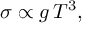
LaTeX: \sigma \propto g \, T ^ { 3 } ,